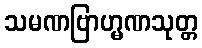
သမဏဗြာဟ္မဏသုတ္တ